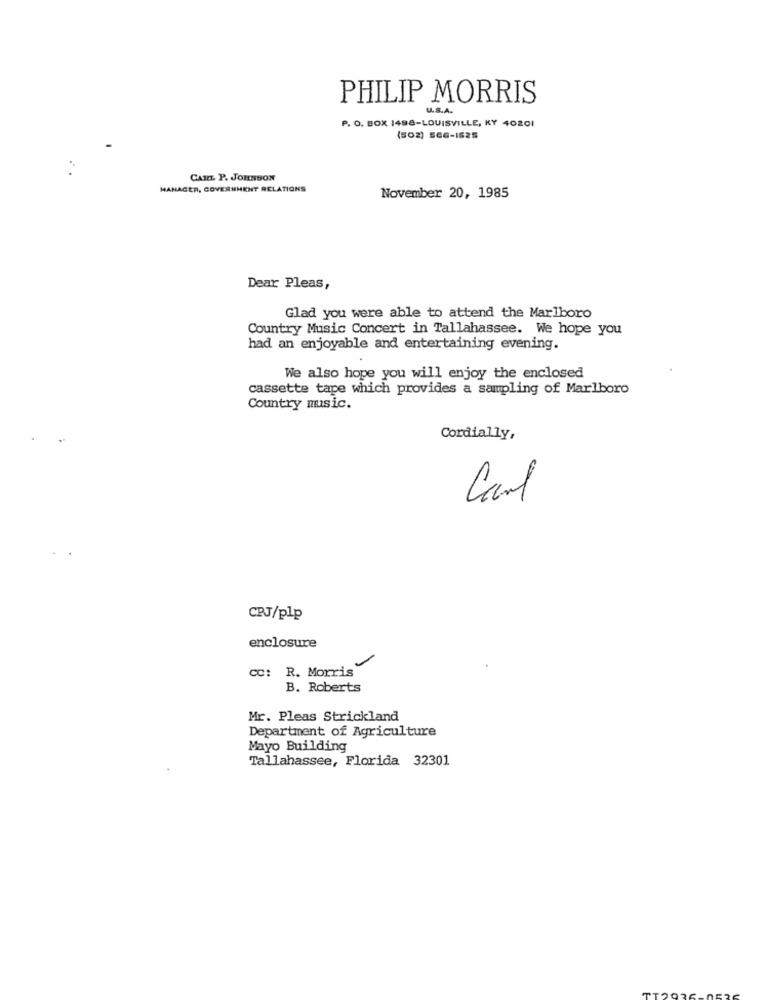
PHILIP MORRIS
U.S.A.
P. O. BOX 1498-LOUISVILLE, KY 40201
(502) SEG-IS25
CATO. P. JOHNSON
MANAGER, GOVERNMENT RELATIONS
November 20, 1985
Dear Pleas,
Glad you were able to attend the Marlboro
Country Music Concert in Tallahassee. We hope you
had an enjoyable and entertaining evening.
We also hope you will enjoy the enclosed
cassette tape which provides a sampling of Marlboro
Country music.
Cordially,
Carl
CPJ/plp
enclosure
CC: R. Morris
B. Roberts
Mr. Pleas Strickland
Department of Agriculture
Mayo Building
Tallahassee, Florida 32301